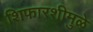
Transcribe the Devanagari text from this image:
शिफारशीमुळे